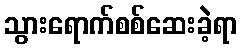
သွားရောက်စစ်ဆေးခဲ့ရာ